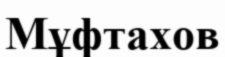
Мұфтахов